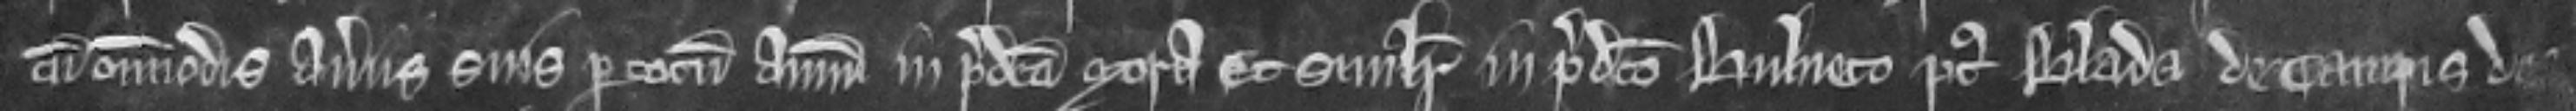
cum omnimodis averiis suis per totum annum in predicta mora et similiter in predicto bulneto post blada de campis de